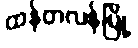
ထန်တလန်မြို့